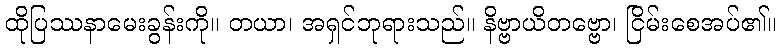
ထိုပြဿနာမေးခွန်းကို။ တယာ၊ အရှင်ဘုရားသည်။ နိဗ္ဗာယိတဗ္ဗော၊ ငြိမ်းစေအပ်၏။